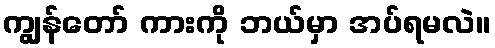
ကျွန်တော် ကားကို ဘယ်မှာ အပ်ရမလဲ။